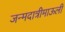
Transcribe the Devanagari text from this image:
जन्मदात्रीमाऊली